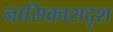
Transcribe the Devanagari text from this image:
नासिकासदृश